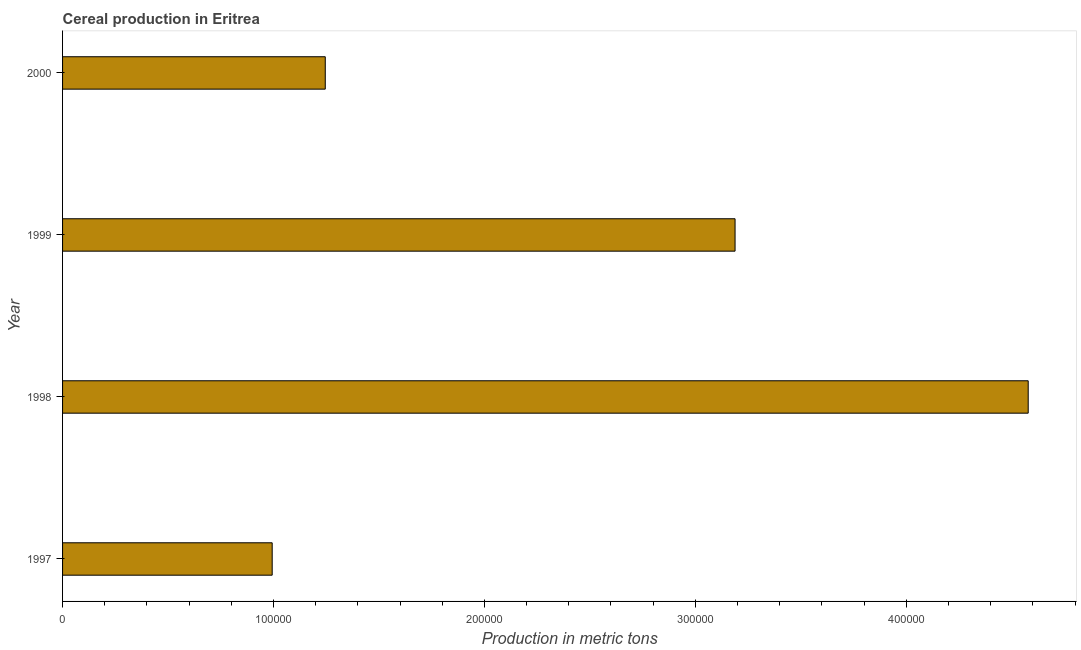
| Year | Cereal production |
 | --- | --- |
 | 1997 | 9.94e+04 |
 | 1998 | 4.58e+05 |
 | 1999 | 3.19e+05 |
 | 2000 | 1.25e+05 |